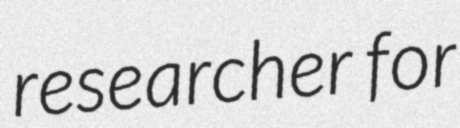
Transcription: researcher for